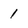
Character: 1